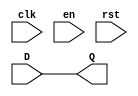
module ff( clk,en ,rst,D,Q);
parameter width=1;
parameter DREG=0;
parameter RSTTYPE="SYNC";
input clk,rst,en;
input [width-1:0]D;
output [width-1:0]Q;
reg [width-1:0] tmp;
generate
    if(RSTTYPE=="SYNC")
    begin
 always@(posedge clk)
begin
         
   if(rst)

    tmp<=0;
    else if(en)
    tmp<=D;
   end 
end
     
else
begin
always@(posedge clk,posedge rst)
begin
   if(rst)

    tmp<=0;
    else if(en)
    tmp<=D; 

   end 
end
   endgenerate
   assign Q = (DREG)? tmp:D;

endmodule